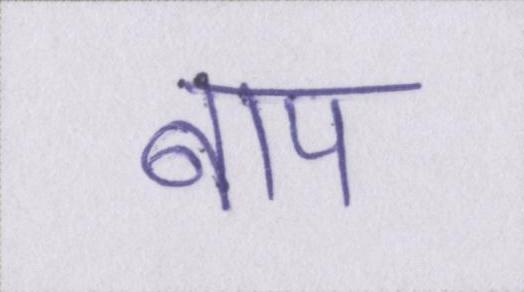
बाप